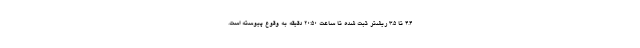
۴.۴ تا ۳.۵ ریشتر ثبت شده تا ساعت ۲۰:۵۰ دقیقه به وقوع پیوسته است.